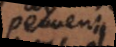
peuvent